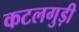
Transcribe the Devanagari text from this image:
कटलगुड़ी